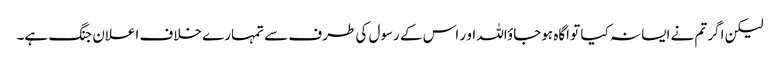
لیکن اگر تم نے ایسا نہ کیا تو اگاہ ہوجاؤاللہ او ر اس کے رسول کی طرف سے تمہارے خلاف اعلان جنگ ہے۔